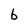
Character: b